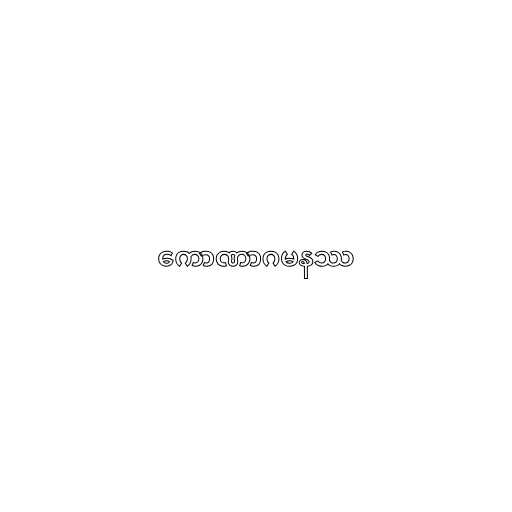
ကောဏာဂမနဿ